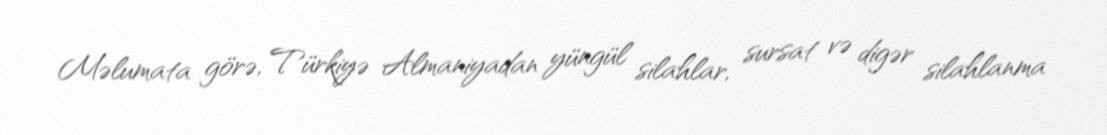
Məlumata görə, Türkiyə Almaniyadan yüngül silahlar, sursat və digər silahlanma